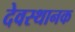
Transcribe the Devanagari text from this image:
देवस्थानक